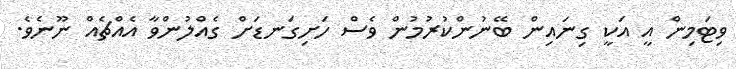
ވިޓަމިން އީ އަކީ ގިނައިން ބޭނުންކުރުމުން ވެސް ހަށިގަނޑަށް ގެއްލުންވާ އެއްޗެއް ނޫނެވެ.